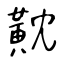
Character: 黆